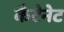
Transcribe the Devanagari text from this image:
कैटेनेट